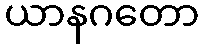
ယာနဂတော